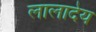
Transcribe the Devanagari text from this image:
लालादेय